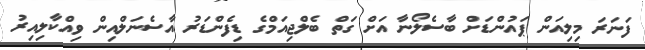
ފަނަރަ މިލިއަން ޕައުންޑަށް ބާސެލޯނާ އަށް ގަތް ބެލްޖިއަމްގެ ޑިފެންޑަރު އާސެނަލްއިން ވިއްކާލިއިރު